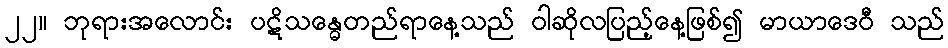
၂၂။ ဘုရားအလောင်း ပဋိသန္ဓေတည်ရာနေ့သည် ဝါဆိုလပြည့်နေ့ဖြစ်၍ မာယာဒေဝီ သည်